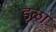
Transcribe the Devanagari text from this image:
इळा